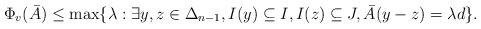
LaTeX: \begin{align*}\Phi_v(\bar{A}) \le \max\{\lambda : \exists y,z\in \Delta_{n-1}, I(y) \subseteq I, I(z) \subseteq J, \bar{A}(y-z) = \lambda d\}.\end{align*}